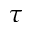
\tau